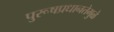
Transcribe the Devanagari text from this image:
पुरूषप्रधानतेमुळे